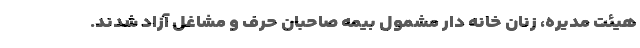
هیئت مدیره، زنان خانه دار مشمول بیمه صاحبان حرف و مشاغل آزاد شدند.